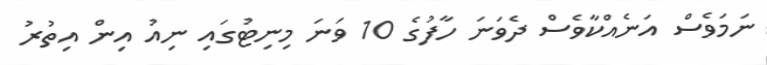
ނަމަވެސް އަނެއްކާވެސް ދެވަނަ ހާފުގެ 10 ވަނަ މިނިޓުގައި ނިއު އިން އިތުރު